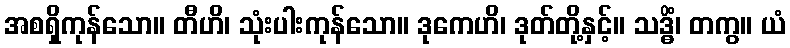
အစရှိကုန်သော။ တီဟိ၊ သုံးပါးကုန်သော။ ဒုကေဟိ၊ ဒုတ်တို့နှင့်။ သဒ္ဓိံ၊ တကွ။ ယံ